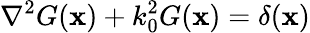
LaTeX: \nabla^{2}G(\mathbf{x})+k_{0}^{2}G(\mathbf{x})=\delta(\mathbf{x})